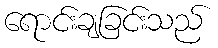
ရောင်းချခြင်းသည်